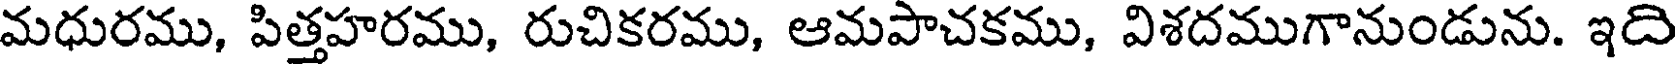
మధురము, పిత్తహరము, రుచికరము, ఆమపాచకము, విశదముగానుండును. ఇది